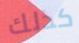
كذلك